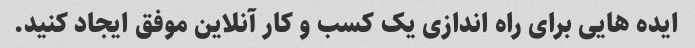
ایده هایی برای راه اندازی یک کسب و کار آنلاین موفق ایجاد کنید.